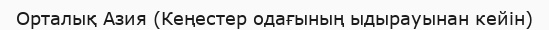
Орталық Азия (Кеңестер одағының ыдырауынан кейін)